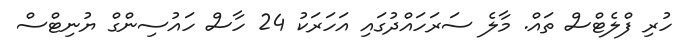
ހުރި ފްލެޓްސް ތައް. މާލެ ސަރަހައްދުގައި އަހަރަކު 24 ހާސް ހައުސިންގް ޔުނިޓްސް